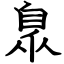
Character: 臮